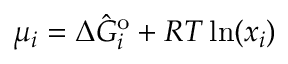
\mu _ { i } = \Delta \hat { G } _ { i } ^ { \mathrm { o } } + R T \ln ( x _ { i } )